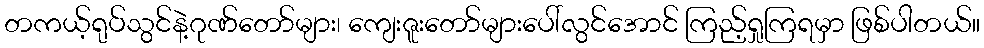
တကယ့်ရုပ်သွင်နဲ့ဂုဏ်တော်များ၊ ကျေးဇူးတော်များပေါ်လွင်အောင် ကြည့်ရှုကြရမှာ ဖြစ်ပါတယ်။